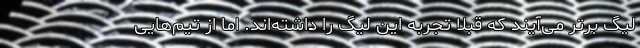
لیگ برتر می‌آیند که قبلا تجربه این لیگ را داشته‌اند. اما از تیم‌هایی